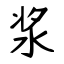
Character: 浆